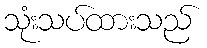
သုံးသပ်ထားသည်